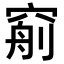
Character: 𥦧